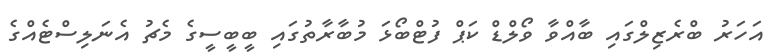
އަހަރު ބްރެޒިލްގައި ބާއްވާ ވޯލްޑް ކަޕް ފުޓްބޯޅަ މުބާރާތުގައި ބީބީސީގެ މެޗު އެނަލިސްޓެއްގެ